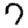
Digit: 7